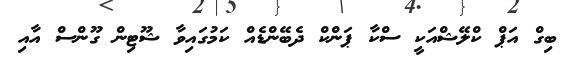
ބިގް އަޕް ކްލޭޝްއަކީ ސްކާ ޕަންކް ދެބޭންޑެއް ކަމުގައިވާ ޝޫޓިން ގޫންސް އާއި